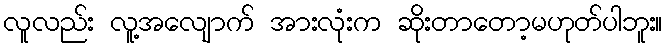
လူလည်း လူ့အလျောက် အားလုံးက ဆိုးတာတော့မဟုတ်ပါဘူး။